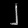
Digit: ၂